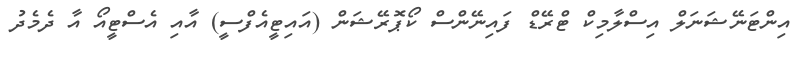
އިންޓަނޭޝަނަލް އިސްލާމިކް ޓްރޭޑް ފައިނޭންސް ކޯޕޮރޭޝަން (އައިޓީއެފްސީ) އާއި އެސްޓީއޯ އާ ދެމެދު